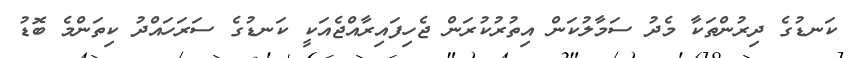
ކަނޑުގެ ދިރުންތަކާ މެދު ސަމާލުކަން އިތުރުކުރަން ޖެހިފައިރާއްޖެއަކީ ކަނޑުގެ ސަރަހައްދު ކިތަންމެ ބޮޑު